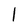
Character: l